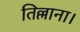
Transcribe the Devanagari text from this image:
तिल्लाना।